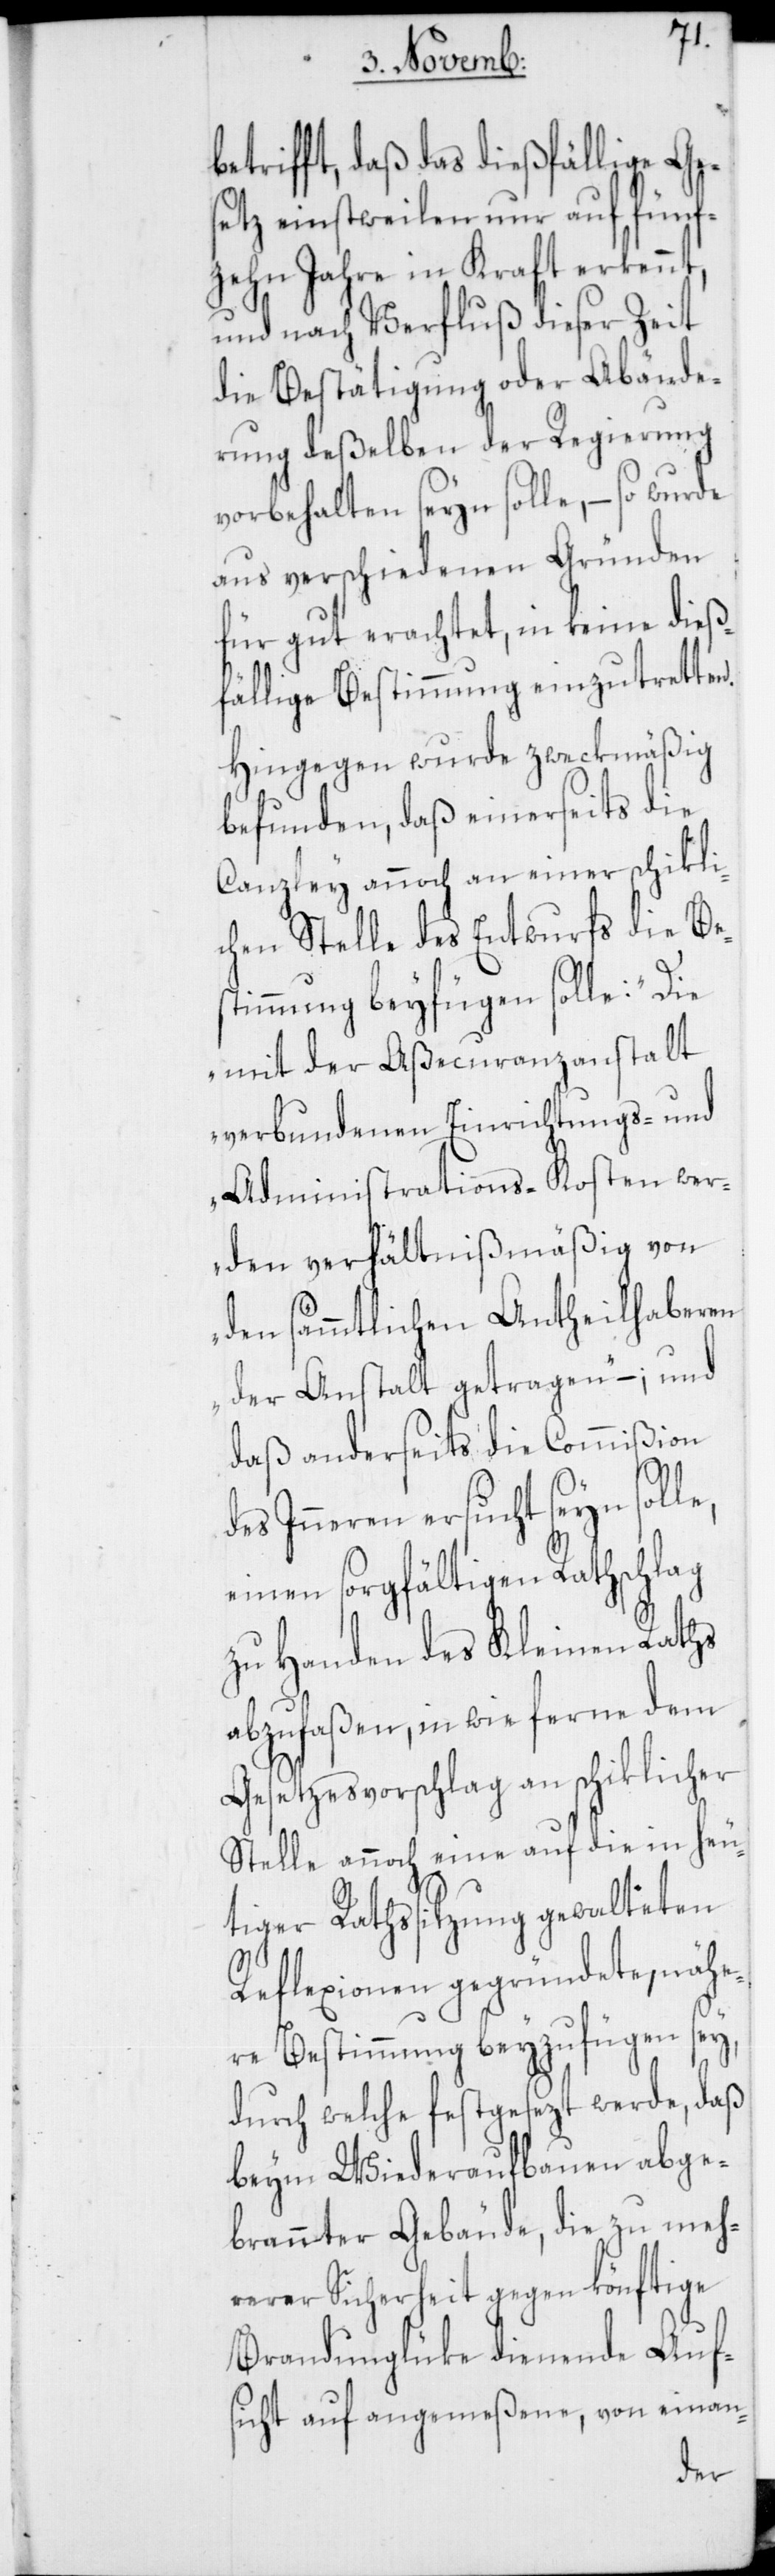
betrifft, daß das dießfällige Ge¬
setz einstweilen nur auf fünf¬
zehn Jahre in Kraft erkennt,
und nach Verfluß dieser Zeit
die Bestätigung oder Abände¬
rung deßelben der Regierung
vorbehalten seyn solle, – so wurde
aus verschiedenen Gründen
für gut erachtet, in keine dieß¬
fällige Bestimmung einzutretten.
Hingegen wurde zweckmäßig
befunden, daß einerseits die
Canzley annoch an einer schikli¬
chen Stelle des Entwurfs die Be¬
stimmung beyfügen solle: „Die
mit der Aßecuranzanstalt
verbundenen Einrichtungs- und
Administrations-Kosten wer¬
den verhältnißmäßig von
den sämmtlichen Antheilhaberen
der Anstalt getragen“ –; und
daß anderseits die Commißion
des Inneren ersucht seyn solle,
einen sorgfältigen Rathschlag
zu Handen des Kleinen Raths
abzufaßen, in wie ferne dem
Gesetzesvorschlag an schiklicher
Stelle annoch eine auf die in heu¬
tiger Rathssitzung gewalteten
Reflexionen gegründete, nähe¬
re Bestimmung beyzufügen sey,
durch welche festgesezt werde, daß
beym Wiederaufbauen abge¬
brannter Gebäude, die zu meh¬
rerer Sicherheit gegen könftige
Brandunglüke dienende Aufs¬
icht auf angemeßene, von einan-